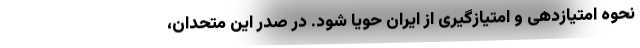
نحوه امتیازدهی و امتیازگیری از ایران حویا شود. در صدر این متحدان،